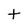
Character: t